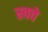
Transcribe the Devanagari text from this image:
स्वचे